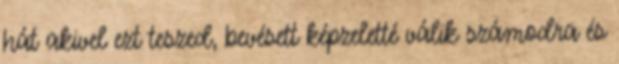
hát akivel ezt teszed, bevésett képzeletté válik számodra és